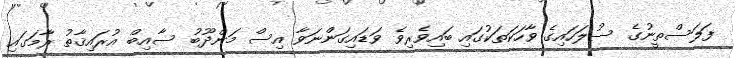
ފަލަސްތީނުގެ ސުލަހައިގެ ވާހަކަތަކުގައި ބައިވެރިވެ ވަޑައިގަންނަވާ އިސް މަންދޫބު ސާއިބް އުރައިޤާތު ރާމަގައި